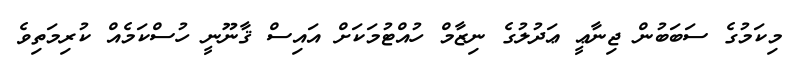
މިކަމުގެ ސަބަބުން ޖިނާޢީ ޢަދުލުގެ ނިޒާމް ހުއްޓުމަކަށް އައިސް ޤާނޫނީ ހުސްކަމެއް ކުރިމަތިވެ